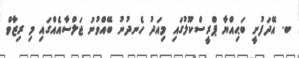
ބ. އޭދަފުށީ ބަޙިއްޔާ ޕްރީސްކޫލުގައި މިއަދު ހެނދުނު ބޭއްވުނު ޖަލްސާއެއްގައި މި ރިޒާވް